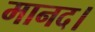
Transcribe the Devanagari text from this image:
मानद।